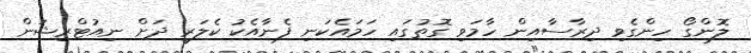
ލޮންގޯ ހިންގެވި ދިރާސާއިން ހާމަވި ގޮތުގައި ހަމައެކަނި ފެނާއެކު ކެލަރީ ދަށް ނިއުޓްރިޝަން